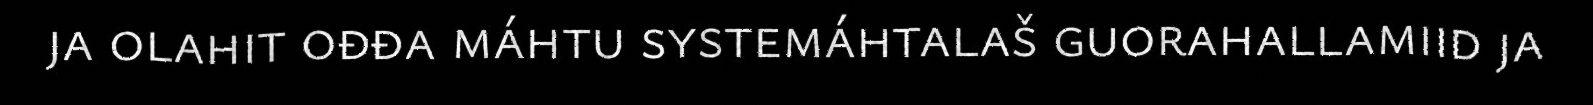
ja olahit ođđa máhtu systemáhtalaš guorahallamiid ja